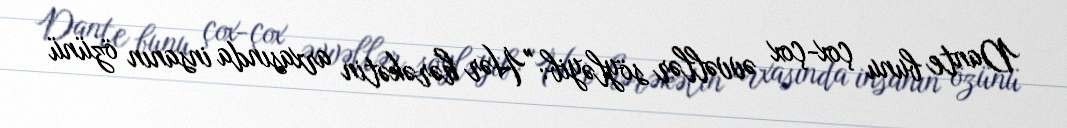
Dante bunu çox-çox əvvəllər söyləyib: "Hər hərəkətin arxasında insanın özünü